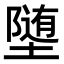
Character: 𫝡